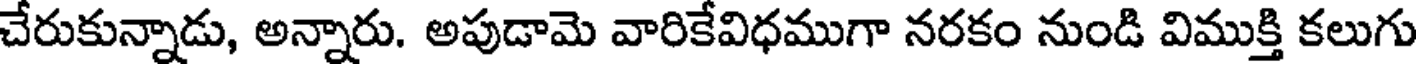
చేరుకున్నాడు, అన్నారు. అపుడామె వారికేవిధముగా నరకం నుండి విముక్తి కలుగు